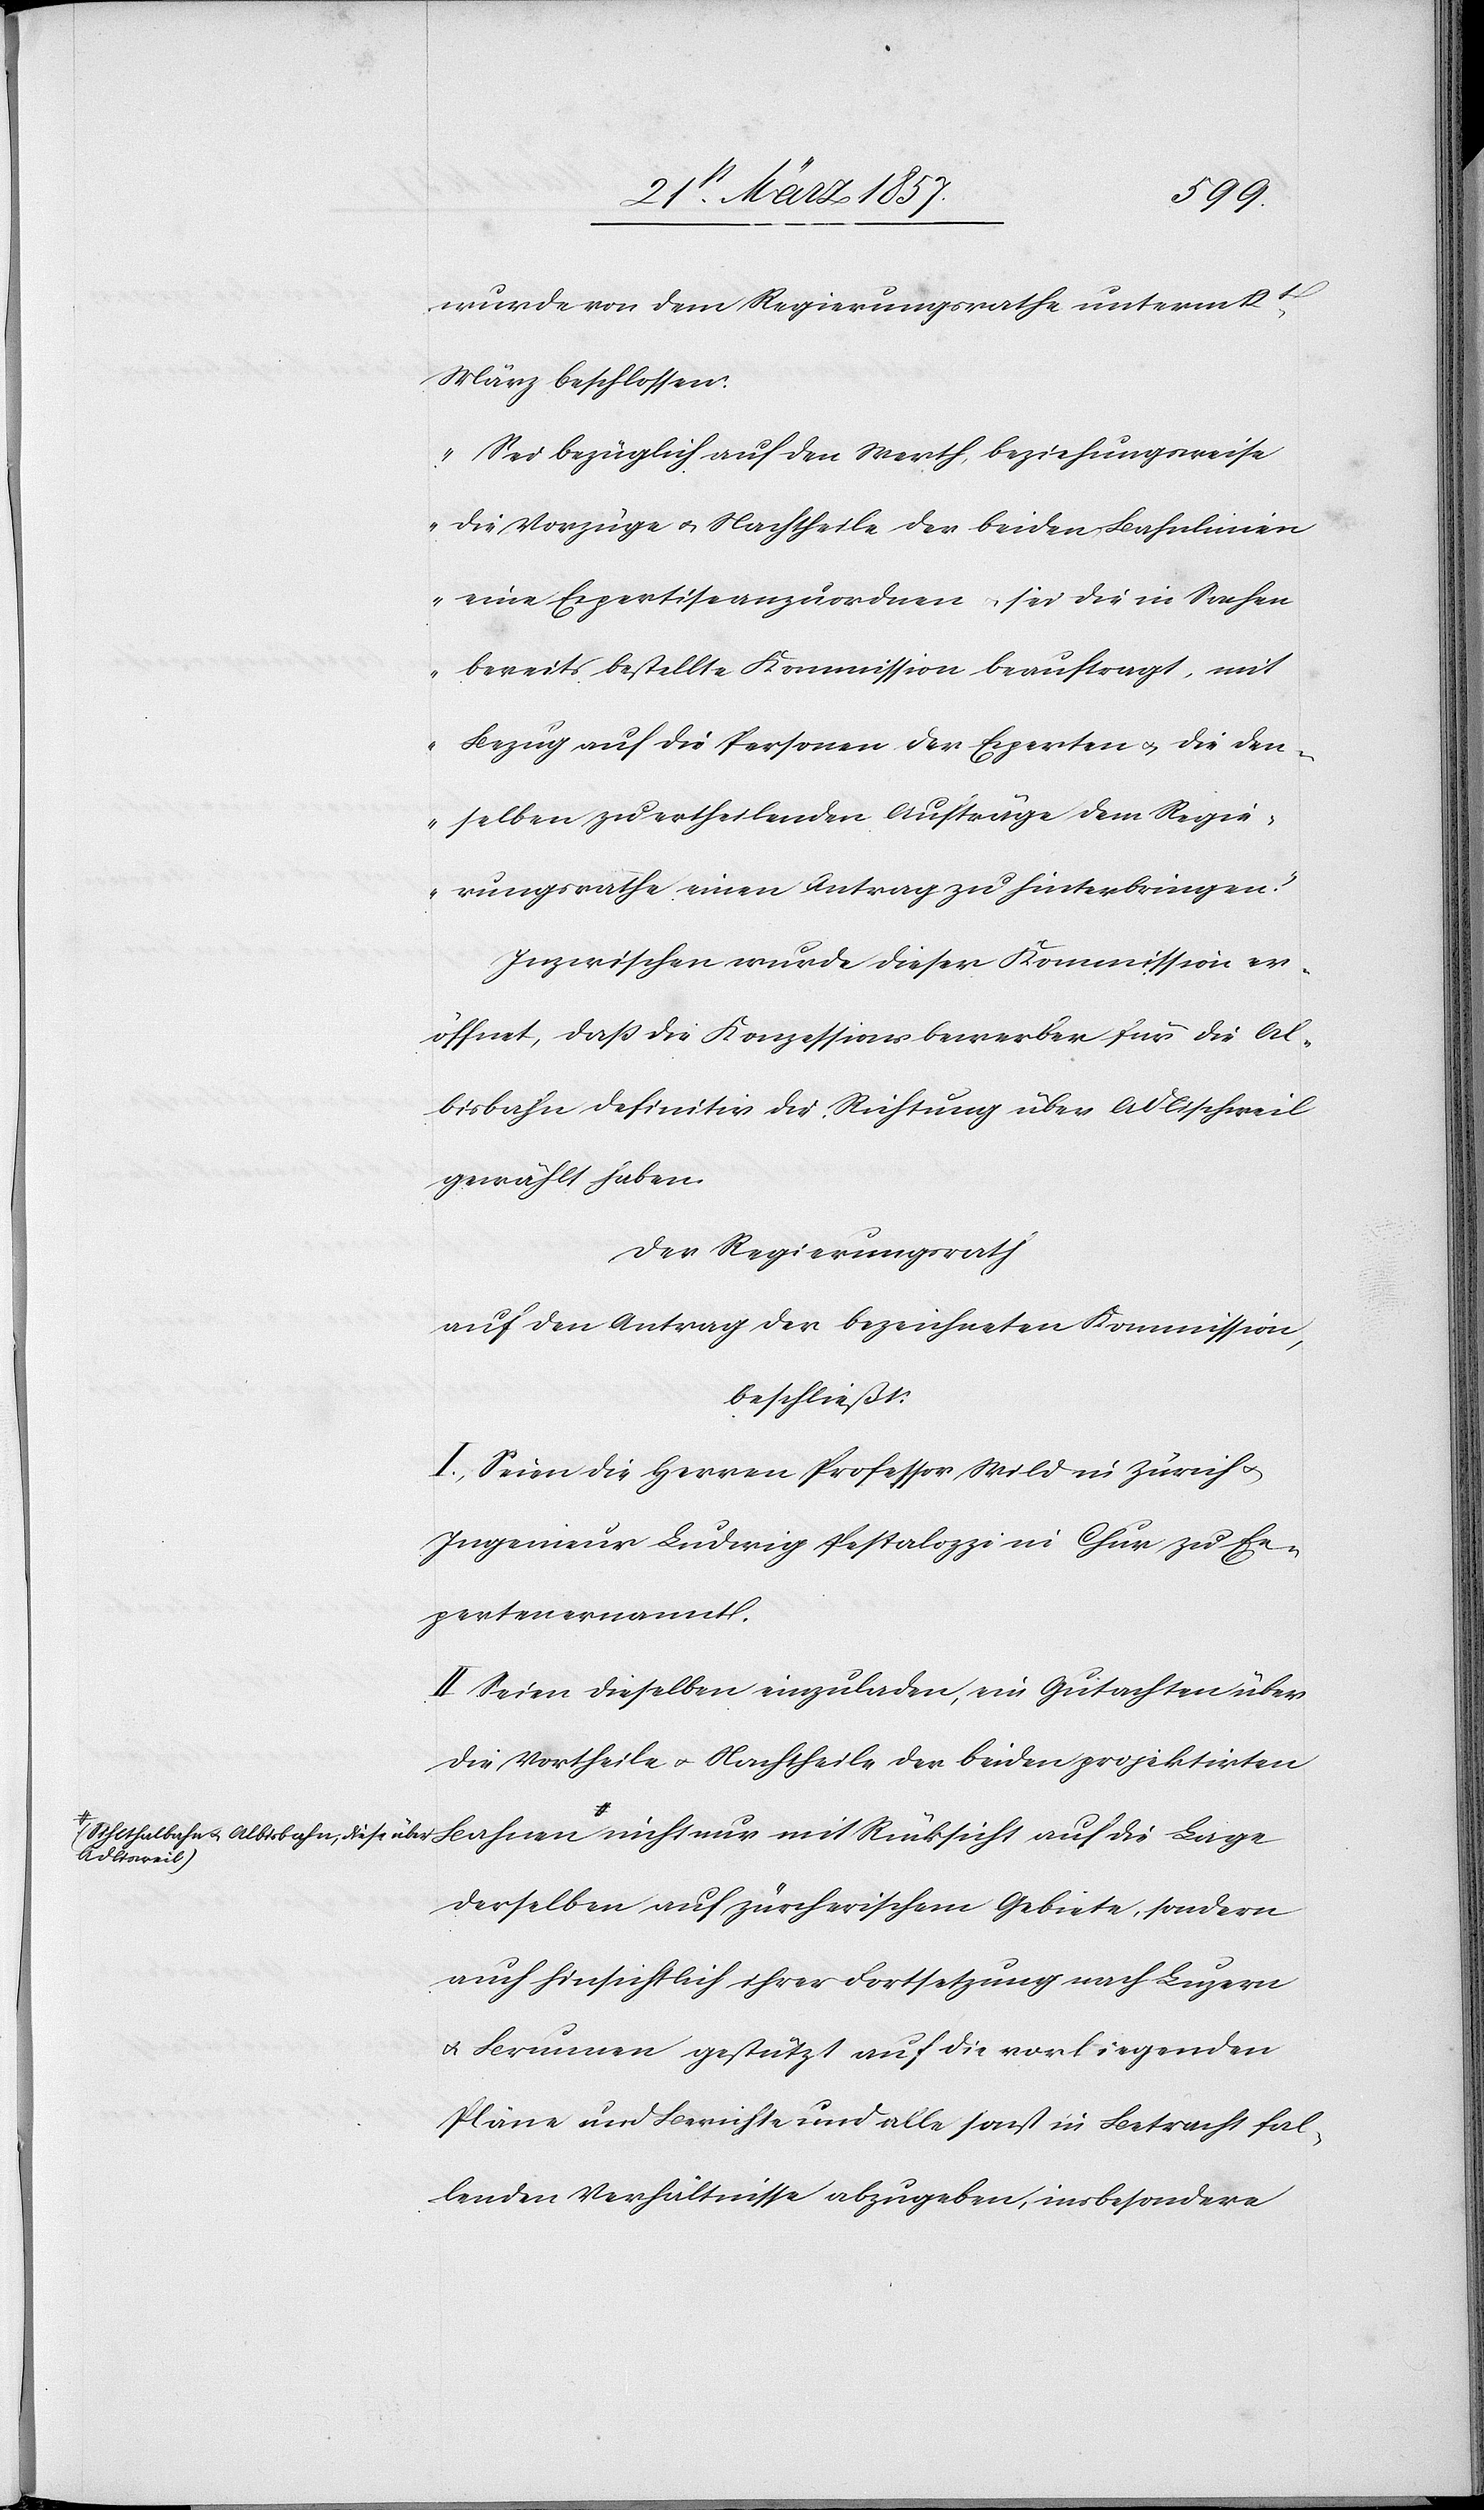
wurde von dem Regierungsrathe unterm 12t
März beschlossen:
„Sei bezüglich auf den Werth, beziehungsweise
die Vorzüge u. Nachtheile der beiden Bahnlinien
eine Expertise anzuordnen u. sei die in Sachen
bereits bestellte Kommission beauftragt, mit
Bezug auf die Personen der Experten u. die den¬
selben zu ertheilenden Aufträge dem Regie¬
rungsrathe einen Antrag zu hinterbringen.“
Inzwischen wurde dieser Kommission er¬
öffnet, daß die Konzessionsbewerber für die Al¬
bisbahn definitiv die Richtung über Adlischweil
gewählt haben.
Der Regierungsrath
auf den Antrag der bezeichneten Kommission,
beschließt:
I. Seien die Herren Professor Wild in Zürich u.
Ingenieur Ludwig Pestalozzi in Chur zu Ex¬
perten ernannt.
II Seien dieselben einzuladen, ein Gutachten über
die Vortheile u. Nachtheile der beiden projektirten
a-(Sihlthalbahn u. Albisbahn, diese über Adlisweil)-a nicht nur mit Rücksicht auf die Lage
derselben auf zürcherischem Gebiete, sondern
auch hinsichtlich ihrer Fortsetzung nach Luzern
u. Brunnen gestützt auf die vorliegenden
Pläne und Berichte und alle sonst in Betracht fal¬
lenden Verhältnisse abzugeben, insbesondere